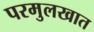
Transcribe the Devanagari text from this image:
परमुलखात